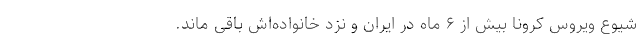
شیوع ویروس کرونا بیش از ۶ ماه در ایران و نزد خانواده‌اش باقی ماند.